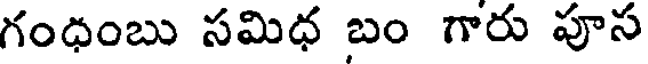
గంధంబు సమిధ బం గారు పూస